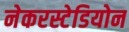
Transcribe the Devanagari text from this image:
नेकरस्टेडियोन